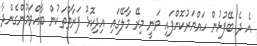
އެ ދެ ބޭފުޅުން ހައްޔަރުކޮށްފައި ވަނީ މިރޭ މާލޭގައި އިދިކޮޅު ފަރާތްތަކުން ބާއްވަމުންގެންދާ